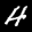
Label: 4